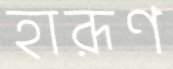
হারূণ